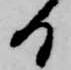
日